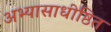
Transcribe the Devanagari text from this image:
अभ्यासाधीष्ठित